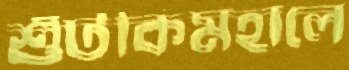
শুঁটকিমহালে